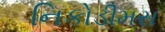
નિકોડીમસ